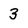
Character: 3